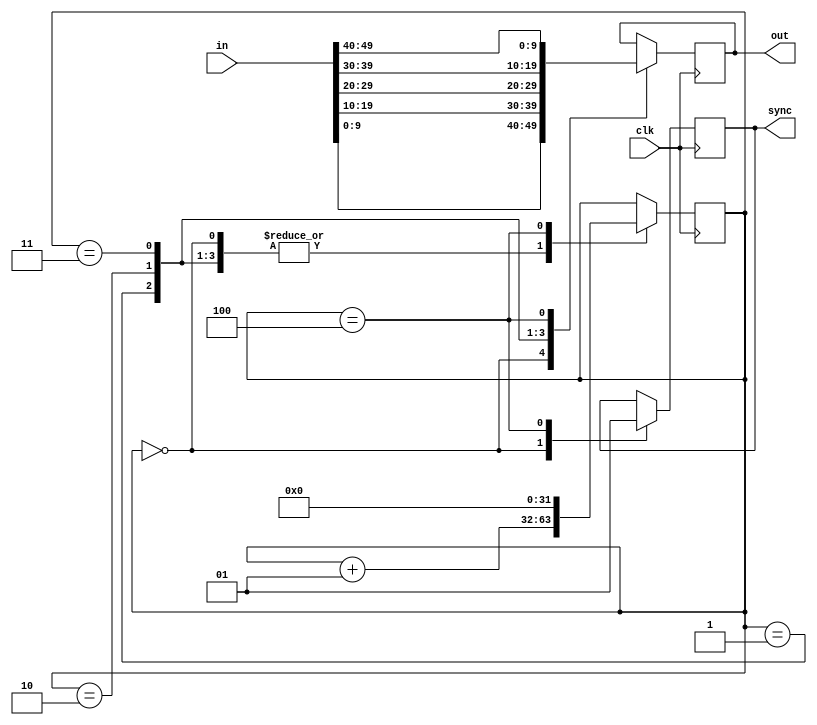

module serializer50to10(
	input clk,
	input [49:0]in,
	output [9:0]out,
	output reg sync
);

	reg [9:0]outreg;
	integer i = 0;

	assign out = outreg;
	initial sync = 1;
	
	always @(posedge clk) 
	begin
	
		case(i)
			0 : begin outreg[9:0] <= in[9:0]; 	i++; sync = 0; end
			1 : begin outreg[9:0] <= in[19:10]; i++; 				end
			2 : begin outreg[9:0] <= in[29:20]; i++; 				end
			3 : begin outreg[9:0] <= in[39:30]; i++; 				end
			4 : begin outreg[9:0] <= in[49:40]; i = 0; sync = 1; end
		endcase	
		
	end
	
endmodule





/*
module serializer50to10test;

	reg clk;
	reg [49:0]in;
	wire [9:0]out;
	wire sync;

	serializer50to10 DUT(
		.clk(clk), 
		.in(in), 
		.out(out), 
		.sync(sync)
	);

	initial 
	begin
		clk = 1;
		in = 50'b01001110110111001010001011101001111111000101001100;
		#100;
	end
      
   always begin #5 clk = ~clk; end
	always begin #40 in = in + 5; end

endmodule*/